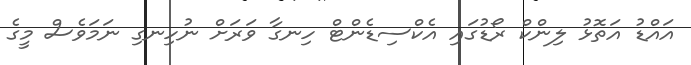
އައްޑު އަތޮޅު ލިންކް ރޯޑުގައި އެކްސިޑެންޓް ހިނގާ ވަރަށް ނުހިނގި ނަމަވެސް މީގެ